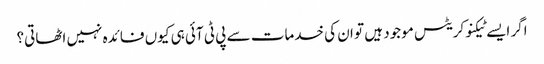
اگر ایسے ٹیکنوکریٹس موجود ہیں تو ان کی خدمات سے پی ٹی آئی ہی کیوں فائدہ نہیں اٹھاتی؟